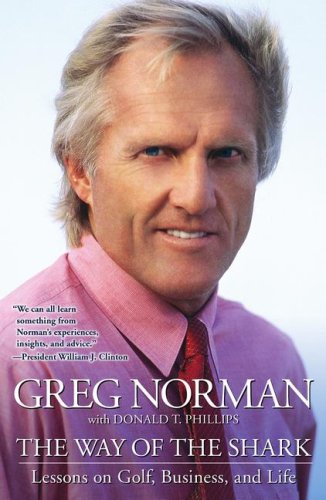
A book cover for The Way of the Shark: Lessons on Golf, Business, and Life; Greg Norman; Biographies & Memoirs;